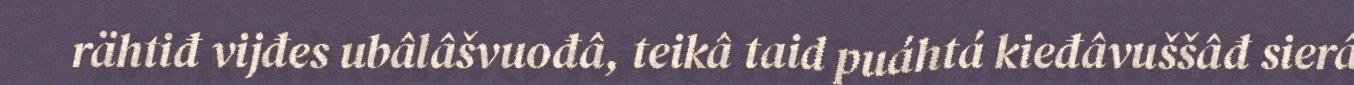
rähtiđ vijđes ubâlâšvuođâ, teikâ taid puáhtá kieđâvuššâđ sierâ